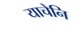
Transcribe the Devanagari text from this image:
याचेनि